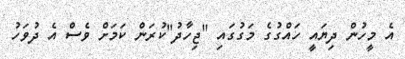
އެ މީހުން ދިޔައީ ހައްގުގެ މަގުގައި "ޖިހާދު"ކުރަން ކަމަށް ވެސް އެ ދުވަހު